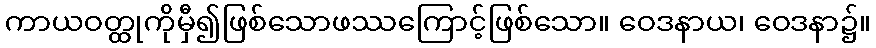
ကာယဝတ္ထုကိုမှီ၍ဖြစ်သောဖဿကြောင့်ဖြစ်သော။ ဝေဒနာယ၊ ဝေဒနာ၌။